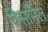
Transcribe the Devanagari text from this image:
विसमिल